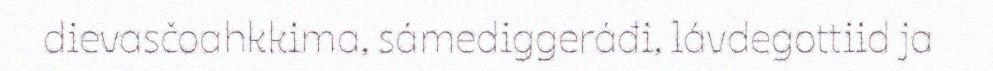
dievasčoahkkima, sámediggeráđi, lávdegottiid ja